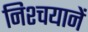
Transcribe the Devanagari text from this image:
निश्चयानें